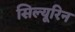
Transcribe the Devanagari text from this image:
सिल्यूरिन